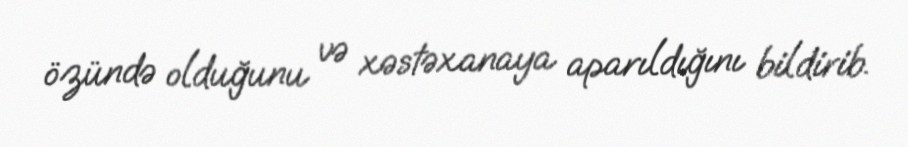
özündə olduğunu və xəstəxanaya aparıldığını bildirib.